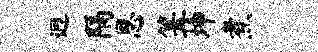
迥隔思篝坤煮